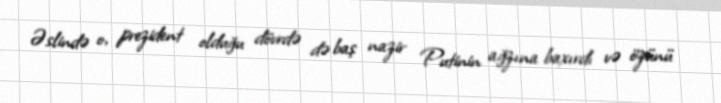
Əslində o, prezident olduğu dövrdə də baş nazir Putinin ağzına baxırdı və özünü